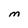
Character: M